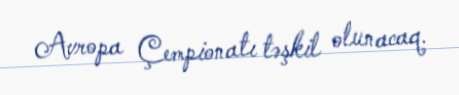
Avropa Çempionatı təşkil olunacaq.